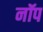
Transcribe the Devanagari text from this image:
नॉप